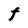
Character: F